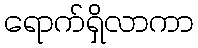
ရောက်ရှိလာကာ